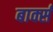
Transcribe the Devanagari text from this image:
बार्क्स